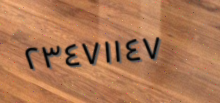
٢٣٤٧١١٤٧